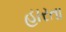
હારતા